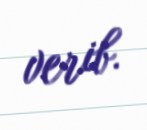
verib.